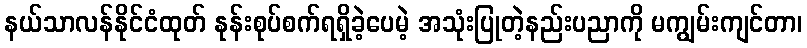
နယ်သာလန်နိုင်ငံထုတ် နုန်းစုပ်စက်ရရှိခဲ့ပေမဲ့ အသုံးပြုတဲ့နည်းပညာကို မကျွမ်းကျင်တာ၊